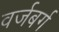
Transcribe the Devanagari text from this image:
वर्जबर्ग